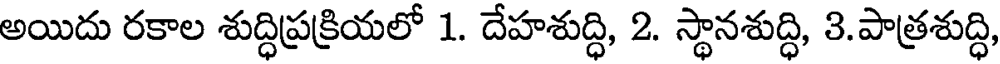
అయిదు రకాల శుద్ధిప్రక్రియలో 1. దేహశుద్ధి, 2. స్థానశుద్ధి, 3.పాత్రశుద్ధి,